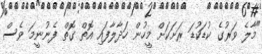
"މާލެ ވަރުގެ ކުޑަކުޑަ ރަށަކަށް މީހުން ހަދާލާފައި އޮތް ގޮތް ފެނުނީމަ ވެސް